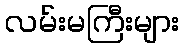
လမ်းမကြီးများ